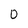
Character: 0